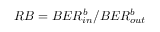
R B = B E R _ { i n } ^ { b } / B E R _ { o u t } ^ { b }